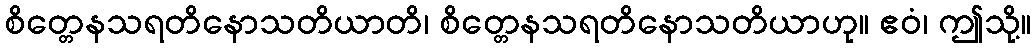
စိတ္တေနသရတိနောသတိယာတိ၊ စိတ္တေနသရတိနောသတိယာဟု။ ဧဝံ၊ ဤသို့။